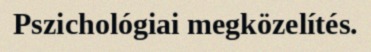
Pszichológiai megközelítés.